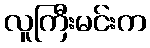
လူကြီးမင်းက